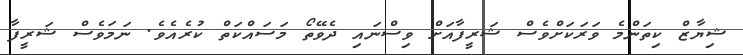
ޝިޔާޒް ކިތަންމެ ވަރަކަށްވެސް ޝަރީފާއަށް ވިސްނައި ދެވޭތޯ މަސައްކަތް ކުރެއެވެ. ނަމަވެސް ޝަރީފާ